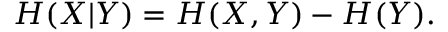
H ( X | Y ) = H ( X , Y ) - H ( Y ) .